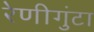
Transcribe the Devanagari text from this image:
रेणीगुंटा